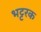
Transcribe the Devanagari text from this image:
भट्टरक